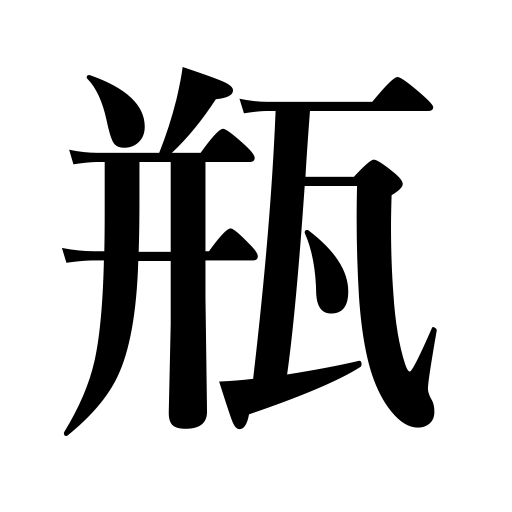
Meanings: flask,bottle,jar,vial